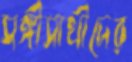
সঙ্গীসাথীদের